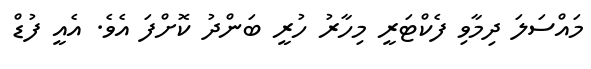
މައްސަލަ ދިމާވި ފެކްޓަރީ މިހާރު ހުރީ ބަންދު ކޮށްފަ އެވެ. އެއީ ފުޑް